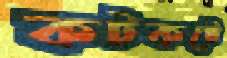
কটকটে